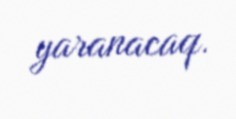
yaranacaq.